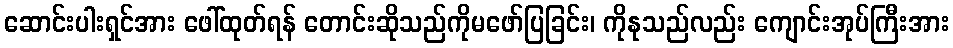
ဆောင်းပါးရှင်အား ဖေါ်ထုတ်ရန် တောင်းဆိုသည်ကိုမဖော်ပြခြင်း၊ ကိုနုသည်လည်း ကျောင်းအုပ်ကြီးအား